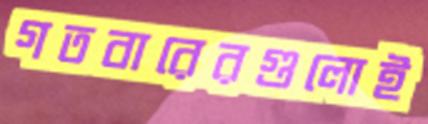
গতবারেরগুলোই